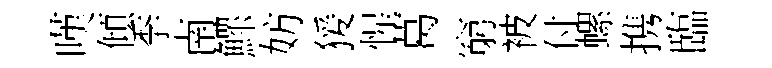
嘆傾季南鰥妨猨惺葛窮被付螺携臨